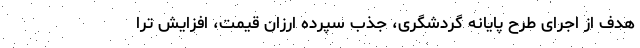
هدف از اجرای طرح پایانه گردشگری، جذب سپرده ارزان قیمت، افزایش ترا